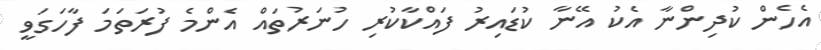
އެހެން ކުދިންނާ އެކު އޭނާ ކުޑައިރު ފައްކާކުރި ހުނަރުތައް އެންމެ ފުރަތަމަ ފާހަގަވީ